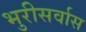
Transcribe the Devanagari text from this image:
भुरीसर्वास